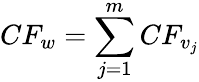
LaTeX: CF_{w}=\sum_{j=1}^{m}CF_{v_{j}}